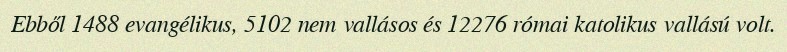
Ebből 1488 evangélikus, 5102 nem vallásos és 12276 római katolikus vallású volt.